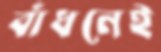
বাঁধনেই